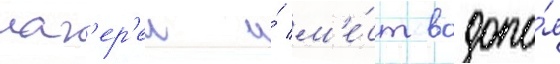
лаг'ер'еи и́ м'е́ст водопо́я